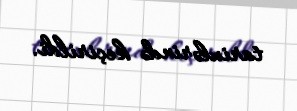
tarixlərində keçirildi.